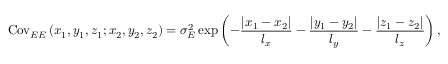
\mathrm { C o v } _ { E E } \left( x _ { 1 } , y _ { 1 } , z _ { 1 } ; x _ { 2 } , y _ { 2 } , z _ { 2 } \right) = \sigma _ { E } ^ { 2 } \exp \left( { - \frac { { \left| x _ { 1 } - x _ { 2 } \right| } } { l _ { x } } - \frac { { \left| y _ { 1 } - y _ { 2 } \right| } } { l _ { y } } - \frac { { \left| z _ { 1 } - z _ { 2 } \right| } } { l _ { z } } } \right) ,